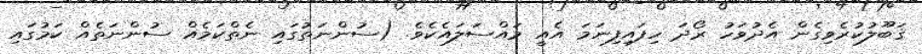
ޤަބޫލުކުރެވިގެން އެދުވަހު ރޯދަ ހިފައިފިނަމަ އެއީ މައްސަލައެކެވެ. (ސުންނަތުގައި ނެތްކަމެއް ސުންނަތެއް ކަމުގައި